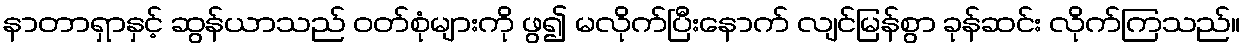
နာတာရှာနှင့် ဆွန်ယာသည် ဝတ်စုံများကို ဖွ၍ မလိုက်ပြီးနောက် လျင်မြန်စွာ ခုန်ဆင်း လိုက်ကြသည်။